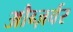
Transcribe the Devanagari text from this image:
औब्ज़र्वर